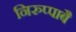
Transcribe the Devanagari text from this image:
निरुप्पाबै